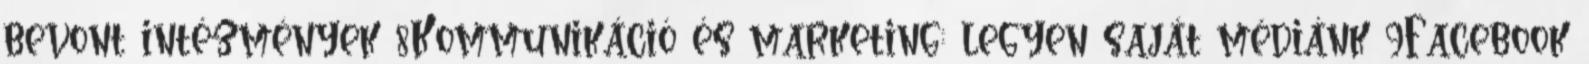
bevont intézmények 8Kommunikáció és marketing: legyen saját médiánk 9Facebook